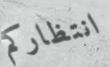
انتظاركم